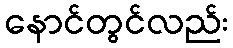
နောင်တွင်လည်း